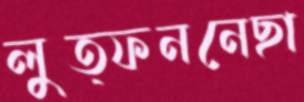
লুত্ফননেছা